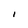
Character: I